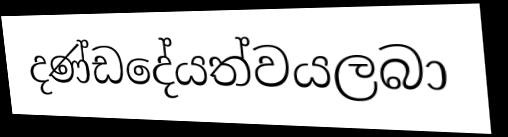
දණ්ඩදේයත්වයලබා